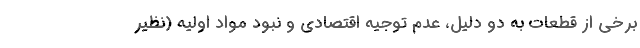
برخی از قطعات به دو دلیل، عدم توجیه اقتصادی و نبود مواد اولیه (نظیر